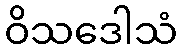
ဝိသဒေါသံ